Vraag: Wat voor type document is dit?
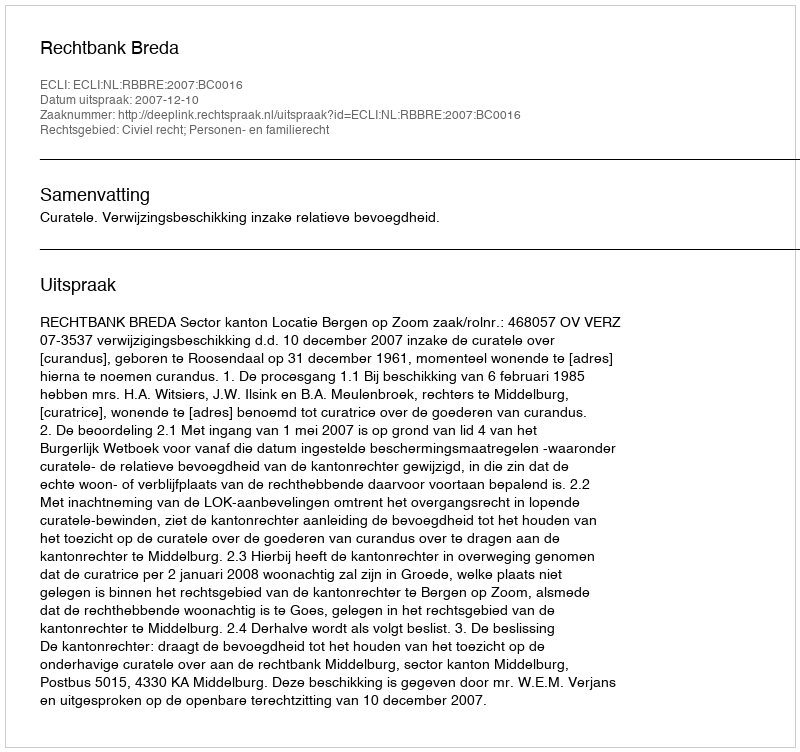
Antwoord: Uitspraak